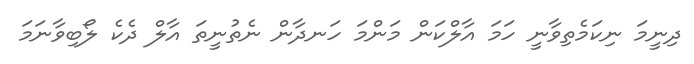
ދިނީމަ ނިކަމެތިވާނީ ހަމަ އާލްކަން މަންމަ ހަނދާން ނެތުނީތަ އާލް ދެކެ ލޯބިވާނަމަ